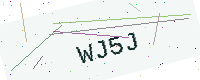
Text: WJ5J